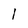
Character: 1